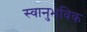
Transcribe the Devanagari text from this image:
स्वानुभविक